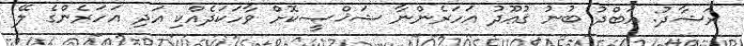
ރަޝާދު: ޢަބްދު ބުނު ޤުޢޫދު އަހަރެންނާ ޝަޚްޞީކޮށް ވާހަކަދެއްކި އަދި އަހަރެންގެ ލޭ